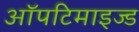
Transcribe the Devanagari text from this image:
ऑपटिमाइज्ड